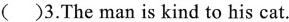
( )3.The man is kind to his cat.